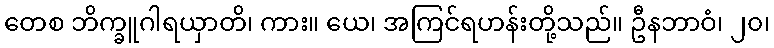
တေစ ဘိက္ခူဂါရယှာတိ၊ ကား။ ယေ၊ အကြင်ရဟန်းတို့သည်။ ဦနဘာဝံ၊ ၂၀၊